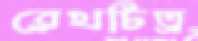
রেখচিত্র